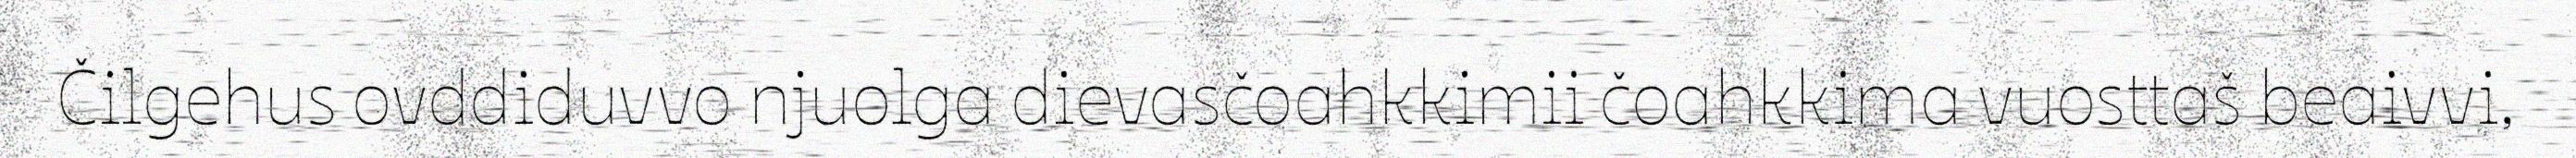
Čilgehus ovddiduvvo njuolga dievasčoahkkimii čoahkkima vuosttaš beaivvi,